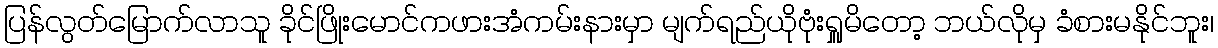
ပြန်လွတ်မြောက်လာသူ ခိုင်ဖြိုးမောင်ကဖားအံကမ်းနားမှာ မျက်ရည်ယိုဗုံးရှူမိတော့ ဘယ်လိုမှ ခံစားမနိုင်ဘူး၊